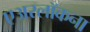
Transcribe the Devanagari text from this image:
एअरलॉकना